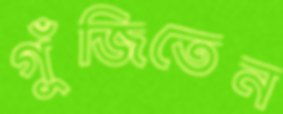
গুঁজিতেন